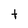
Character: t